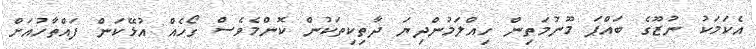
އެކަމަކު ނުޒޫގެ ބައްޕަ މޫނުމަތިން ހިއްލަމުންދިޔަ ދާތިކިތަކުން ކޮންމެވެސް ގޯހެއް އުޅޭކަން ފައްތާހުއަށް